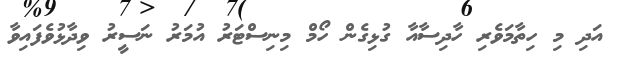
އަދި މި ހިތާމަވެރި ހާދިސާއާ ގުޅިގެން ހޯމް މިނިސްޓަރު އުމަރު ނަސީރު ވިދާޅުވެފައިވާ